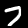
Digit: 7